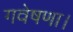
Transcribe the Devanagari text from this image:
गवेषणा।